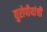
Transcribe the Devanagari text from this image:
युरोपीयांची